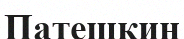
Патешкин